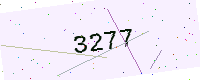
Text: 3277